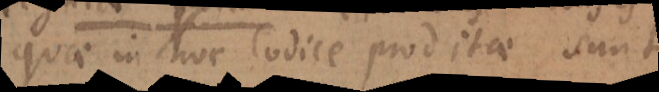
quae in hoc Codice prodita est.